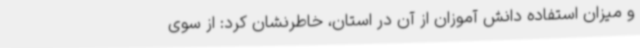
و میزان استفاده دانش آموزان از آن در استان، خاطرنشان کرد: از سوی